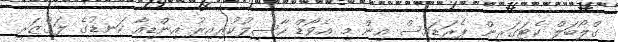
ގްލޯބަލް ކެޓަގަރީން ޕެރަޑައިސް އިން މި އެވޯޑް ހާސިލުކުރިއިރު އިންޑިއާ ކަނޑުގެ ލަގްޒަރީ